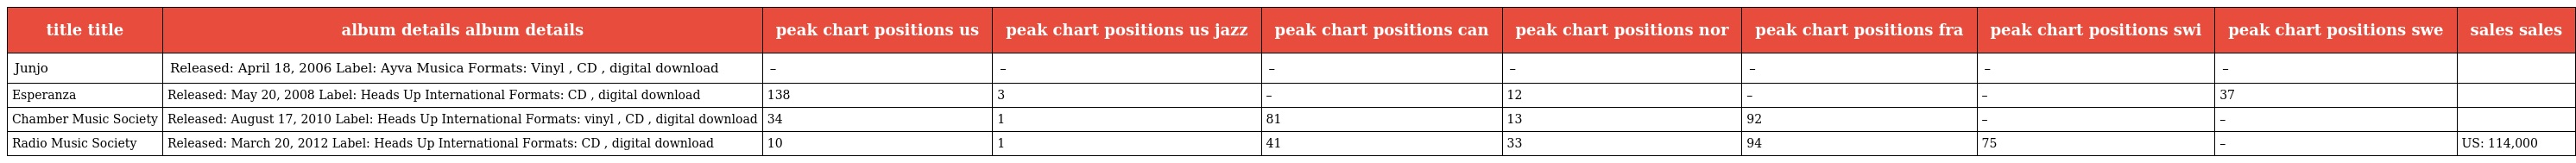
| title title | album details album details | peak chart positions us | peak chart positions us jazz | peak chart positions can | peak chart positions nor | peak chart positions fra | peak chart positions swi | peak chart positions swe | sales sales |
 | --- | --- | --- | --- | --- | --- | --- | --- | --- | --- |
 | Junjo | Released: April 18, 2006 Label: Ayva Musica Formats: Vinyl , CD , digital download | – | – | – | – | – | – | – |  |
 | Esperanza | Released: May 20, 2008 Label: Heads Up International Formats: CD , digital download | 138 | 3 | – | 12 | – | – | 37 |  |
 | Chamber Music Society | Released: August 17, 2010 Label: Heads Up International Formats: vinyl , CD , digital download | 34 | 1 | 81 | 13 | 92 | – | – |  |
 | Radio Music Society | Released: March 20, 2012 Label: Heads Up International Formats: CD , digital download | 10 | 1 | 41 | 33 | 94 | 75 | – | US: 114,000 |